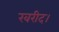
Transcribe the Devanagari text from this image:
खरीद।